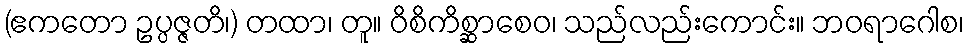
(ဧကတော ဥပ္ပဇ္ဇတိ၊) တထာ၊ တူ။ ဝိစိကိစ္ဆာစေဝ၊ သည်လည်းကောင်း။ ဘဝရာဂေါစ၊